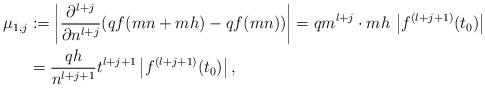
LaTeX: \begin{align*}\mu_{1,j} &:= \left| \frac{\partial^{l+j}}{\partial n^{l+j}} (qf(mn+mh) - qf(mn)) \right|= qm^{l+j} \cdot mh \, \left|f^{(l+j+1)} (t_0) \right| \\&= \frac{qh}{n^{l+j+1}} t^{l+j+1} \left| f^{(l+j+1)} (t_0) \right|,\end{align*}